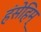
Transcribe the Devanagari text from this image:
हंसेहिम्‌